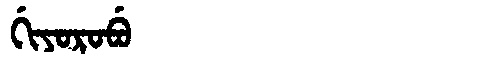
Manchu: ᡤᡳᠶᠣᡵᠣᠪᡠ
Romanization: GIYOROBU